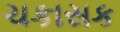
ચકાસક